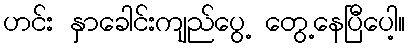
ဟင်း နှာခေါင်းကျည်ပွေ့ တွေ့နေပြီပေါ့။